Kloostri_vallavalitsus, lk 7
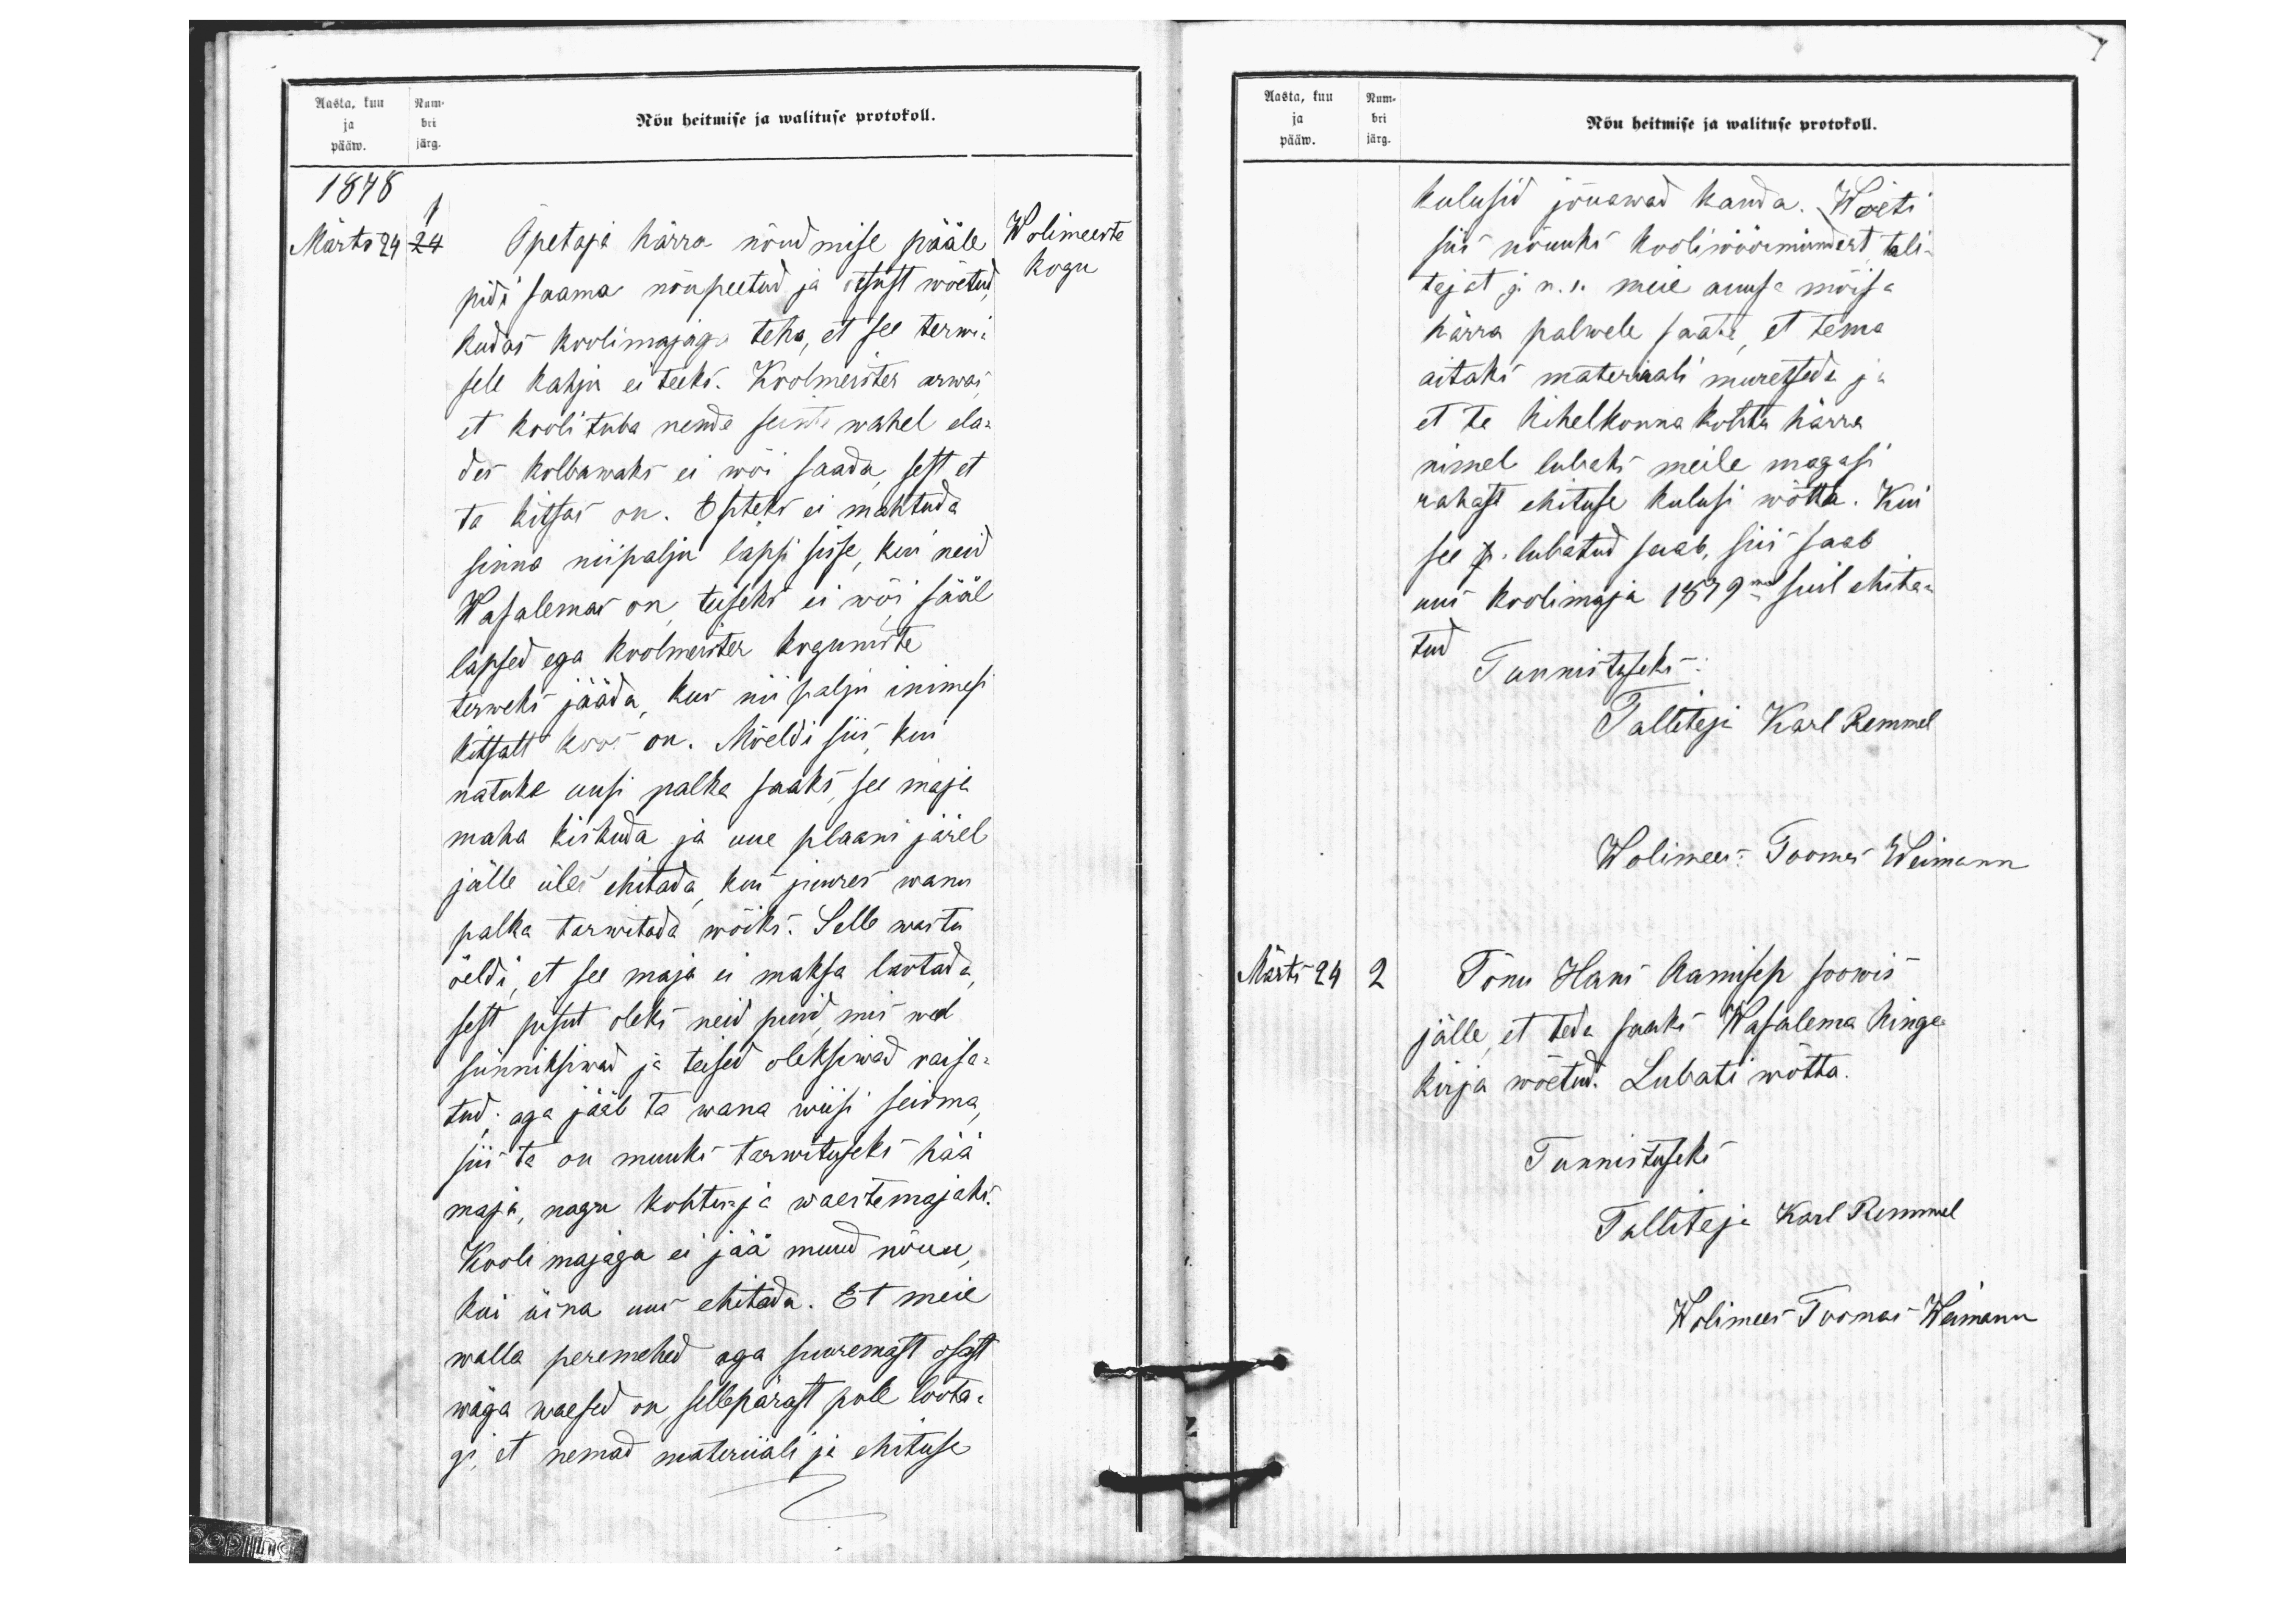
Aasta, kuu Num-
ja bri
Nõu heitmise ja walituse protokoll.
pääw. järg.
1878
1
Märts 24
Õpetaja härra nõudmise pääle
pidi saama nõupeetud ja otsust wõetud
kudas koolimajaga teha, et see terwi-
sele kahju ei teeks. Koolmeister arwas
et kooli tuba nende seinte wahel ela-
des kolbawaks ei wõi saada, sest et
ta kitsas on. Esteks ei mahtuda
sinna niipalju lapsi sisse, kui neid
Wasalemas on teiseks ei wõi sääl
lapsed ega koolmeister koguniste
terweks jääda, kus nii palju inimesi
kitsalt koos on. Mõeldi siis kui
natuke uusi palka saaks, see maja
maha kiskuda ja uue plaani järel.
jälle üles ehitada kui juures wanu
palka tarwitada wõiks. Selle wastu
öeldi, et see maja ei maksa laotada
sest pisut oleks neid puid mes weel
sünniksiwad ja teised oleksiwad raisa-
tud; aga jääb ta wana wiisi seisma
siis ta on muuks tarwituseks hää
maja, nagu kohtu- ja waestemajaks.
Kooli majaga ei jää muud nõuu
Kui üsna uus ehitada. Et meie
walla peremehed aga suuremast osast
wäga waesed on sellepärast pole loota-
gi, et nemad materiiali ja ehituse
Wolimeeste
kogu

Aasta, kuu Num-
ja bri
Nõu heitmise ja walituse protokoll.
pääw. järg.
kulusid jõuawad kanda. Wõeti
siis nõuuks kooliwöörmündert tali-
tajat j.n.e. meie auusa mõisa
härra palwele saata, et tema
aitaks materiaali muretseda ja
et ta kihelkonna kohtu härra
nimel lubaks meile magasi
rahast ehituse kulusi wõtta. Kui
see lubatud saab, siis saab
uus koolimaja 1879mal suil ehita-
tud.
Tunnituseks
Tallitaja Karl Remmel
Wolimees: Toomas Weimann
2 Tõnu Hans Aamisep soowis
Märts 24
jälle, et teda saaks Wasulema hinge-
kirja wõetud. Lubati wõtta.
Tunnistuseks
Tallitaja Karl Remmel
Wolimees Toomas Weimann